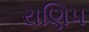
રાણિપ